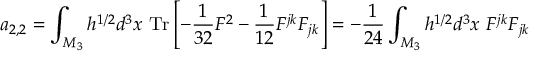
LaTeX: a _ { 2 , 2 } = \int _ { { \cal M } _ { 3 } } h ^ { 1 / 2 } d ^ { 3 } x ~ \mathrm { T r } \left[ - { \frac { 1 } { 3 2 } } F ^ { 2 } - { \frac { 1 } { 1 2 } } F ^ { j k } F _ { j k } \right] = - { \frac { 1 } { 2 4 } } \int _ { { \cal M } _ { 3 } } h ^ { 1 / 2 } d ^ { 3 } x ~ F ^ { j k } F _ { j k }